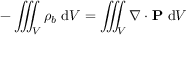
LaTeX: - \iiint _ { V } \rho _ { b } \ \mathrm { d } V = \iiint _ { V } \nabla \cdot \mathbf { P } \ \mathrm { d } V